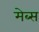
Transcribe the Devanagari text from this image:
मेब्स